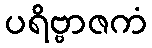
ပရိဗ္ဗာဇကံ